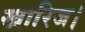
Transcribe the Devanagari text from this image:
खारिज।